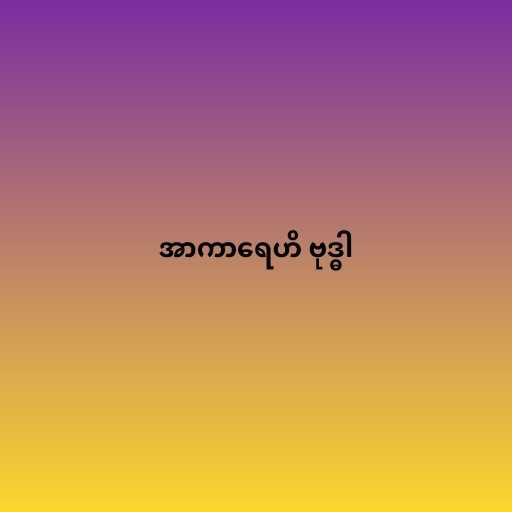
အာကာရေဟိ ဗုဒ္ဓါ